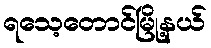
ရသေ့တောင်မြို့နယ်